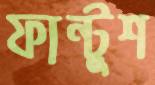
ফান্টুশ